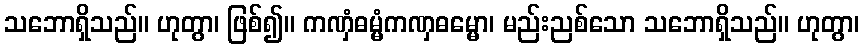
သဘောရှိသည်။ ဟုတွာ၊ ဖြစ်၍။ ကဏှံဓမ္မံကဏှဓမ္မော၊ မည်းညစ်သော သဘောရှိသည်။ ဟုတွာ၊